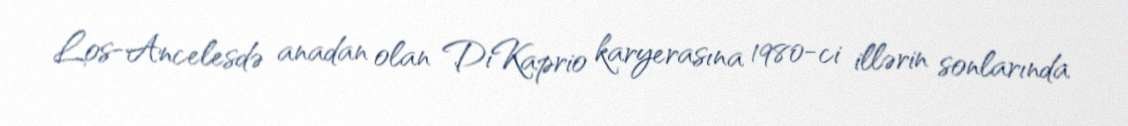
Los-Ancelesdə anadan olan DiKaprio karyerasına 1980-ci illərin sonlarında